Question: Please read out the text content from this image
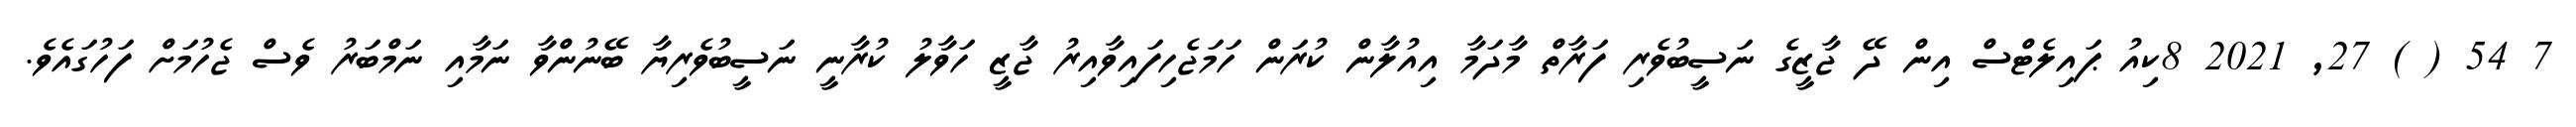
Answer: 7 54 ( ) 27, 2021 8ކިއު ޕައިލެޓްސް އިން ދޭ ޖާޒީގެ ނަސީބުވެރި ފަރާތް މާދަމާ އިއުލާން ކުރަން ހަމަޖެހިފައިވާއިރު ޖާޒީ ހަވާލު ކުރާނީ ނަސީބުވެރިޔާ ބޭނުންވާ ނަމާއި ނަމްބަރު ވެސް ޖެހުމަށް ފަހުގައެވެ.